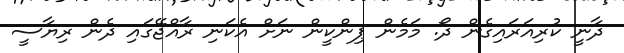
ދާނީ ކުރިއަރައިގެން ދޯ. މަމެން ޕިންކީން ނަށް އެކަނި ރާއްޖޭގައި ދެން ރިޔާސީ